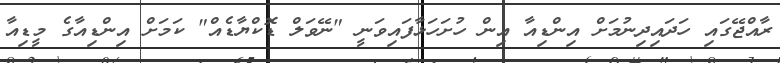
ރާއްޖޭގައި ހަދައިދިނުމަށް އިންޑިއާ އިން ހުށަހަޅާފައިވަނީ "ނޭވަލް ޑޮކްޔާޑެއް" ކަމަށް އިންޑިއާގެ މީޑިއާ